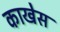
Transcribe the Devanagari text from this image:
काखेस